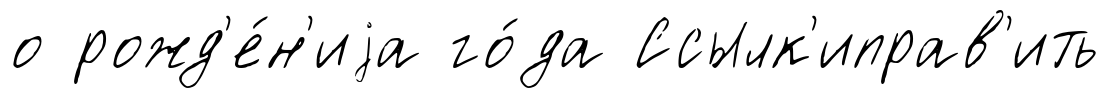
о рожд'е́н'иjа го́да Ссылк'иправ'ить